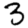
Digit: 3